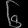
Digit: ၆